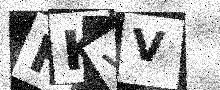
Text: HKVV